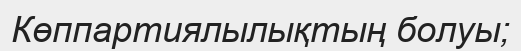
Көппартиялылықтың болуы;